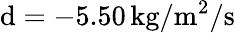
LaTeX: \mathrm{d}=-5.50\, \mathrm{{kg/m^{2}/s}}